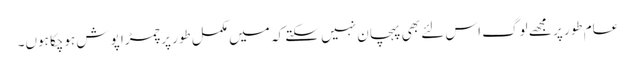
عام طور پر مجھے لوگ اس لئے بھی پہچان نہیں سکتے کہ میں مکمل طور پر چمڑا پوش ہوچکا ہوں۔